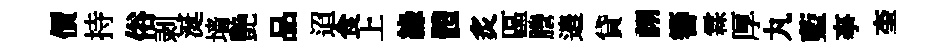
價持俗剥涎墙艷品迢食上緣體炙區謄邉貸詡簮霖厚丸藍亊奎